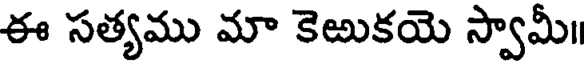
ఈ సత్యము మా కెఱుకయె స్వామీ